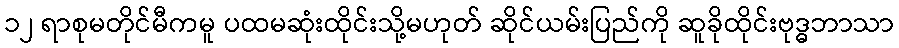
၁၂ ရာစုမတိုင်မီကမူ ပထမဆုံးထိုင်းသို့မဟုတ် ဆိုင်ယမ်းပြည်ကို ဆူခိုထိုင်းဗုဒ္ဓဘာသာ